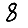
Digit: 8